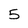
Character: 5